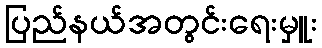
ပြည်နယ်အတွင်းရေးမှူး